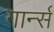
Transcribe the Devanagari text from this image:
गार्न्स